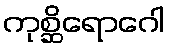
ကုစ္ဆိရောဂေါ